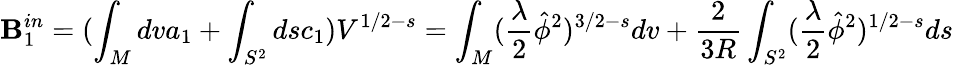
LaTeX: \mathbf{B}_{1}^{in}=(\int_{M}dva_{1}+\int_{S^{2}}dsc_{1})V^{1/2-s}=\int_{M}(\frac{{\lambda}}{{2}}\hat{{\phi}}^{2})^{3/2-s}dv+\frac{{2}}{{3R}}\int_{S^{2}}(\frac{{\lambda}}{{2}}\hat{{\phi}}^{2})^{1/2-s}ds